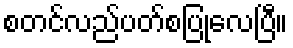
စတင်လည်ပတ်စပြုလေပြီ။